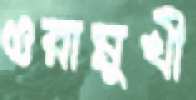
ওরামুখী